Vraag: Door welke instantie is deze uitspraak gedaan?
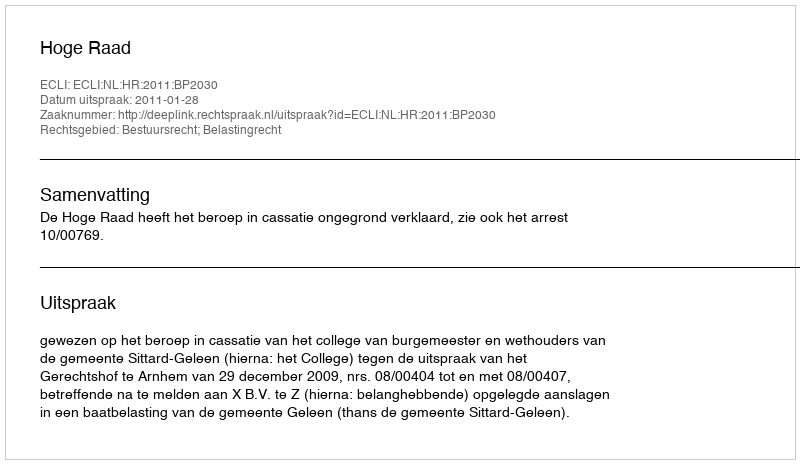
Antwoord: Hoge Raad